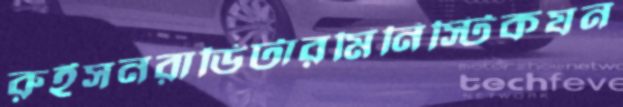
রুইসনরাডিটারমিনিস্টিকযন